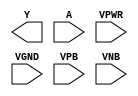
module sky130_fd_sc_ms__clkdlyinv5sd3 (
    Y   ,
    A   ,
    VPWR,
    VGND,
    VPB ,
    VNB
);

    output Y   ;
    input  A   ;
    input  VPWR;
    input  VGND;
    input  VPB ;
    input  VNB ;
endmodule